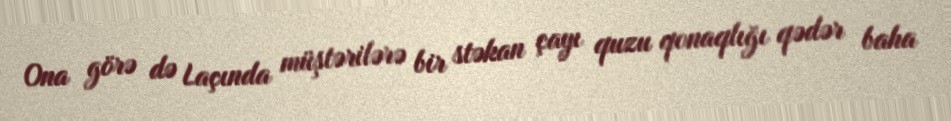
Ona görə də Laçında müştərilərə bir stəkan çayı quzu qonaqlığı qədər baha